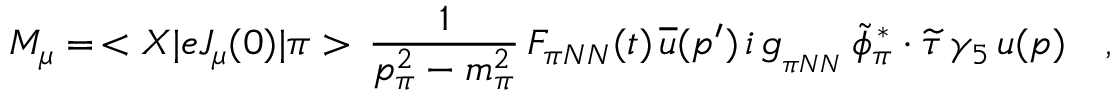
{ \cal M } _ { \mu } = \, < X | e J _ { \mu } ( 0 ) | \pi > \, \frac { 1 } { p _ { \pi } ^ { 2 } - m _ { \pi } ^ { 2 } } \, F _ { \pi N N } ( t ) \, \overline { { u } } ( p ^ { \prime } ) \, i \, g _ { _ { \pi N N } } \, \widetilde \phi _ { \pi } ^ { \, * } \cdot \widetilde \tau \, \gamma _ { 5 } \, u ( p ) \ \ \ ,